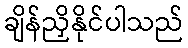
ချိန်ညှိနိုင်ပါသည်